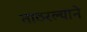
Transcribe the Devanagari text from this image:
ताठरल्याने